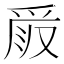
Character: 𠭧